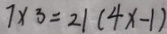
7 \times 3 = 2 1 ( 4 x - 1 )